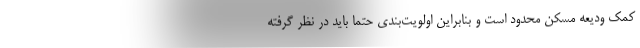
کمک ودیعه مسکن محدود است و بنابراین اولویت‌بندی حتما باید در نظر گرفته